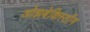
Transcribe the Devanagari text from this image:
ओझबेकिस्तॉन